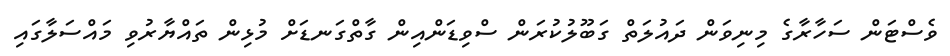
ވެސްޓަން ސަހާރާގެ މިނިވަން ދައުލަތް ގަބޫލުކުރަން ސްވިޑަންއިން ގާތްގަނޑަށް މުޅިން ތައްޔާރުވި މައްސަލާގައި